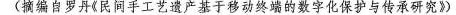
(摘编自罗丹《民间手工艺遗产基于移动终端的数字化保护与传承研究》)